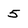
Character: 5